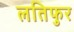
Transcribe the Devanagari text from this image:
लतिफुर